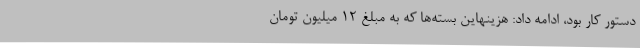
دستور کار بود، ادامه داد: هزینهاین بسته‌ها که به مبلغ 12 میلیون تومان